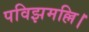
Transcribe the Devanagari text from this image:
पविझमल्लि।